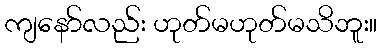
ကျနော်လည်း ဟုတ်မဟုတ်မသိဘူး။